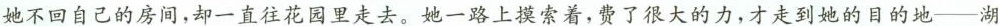
她不回自己的房间，却一直往花园里走去。她一路上摸索着，费了很大的力，才走到她的目的地——湖